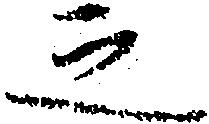
之